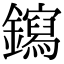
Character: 䥱